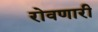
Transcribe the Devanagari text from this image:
रोवणारी